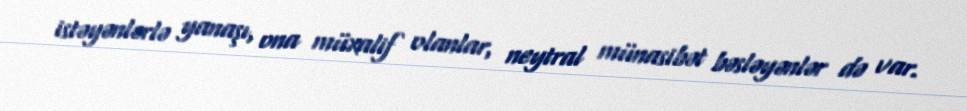
istəyənlərlə yanaşı, ona müxalif olanlar, neytral münasibət bəsləyənlər də var.